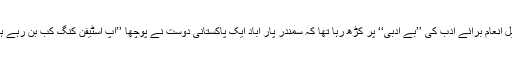
نوبیل انعام برائے ادب کی ’’بے ادبی‘‘ پر کڑھ رہا تھا کہ سمندر پار آباد ایک پاکستانی دوست نے پوچھا ’’آپ اسٹیفن کنگ کب بن رہے ہیں؟